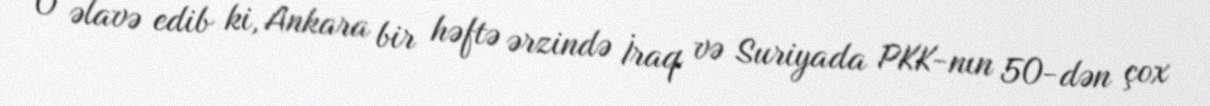
O əlavə edib ki, Ankara bir həftə ərzində İraq və Suriyada PKK-nın 50-dən çox